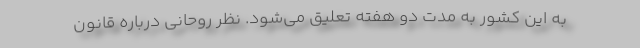
به این کشور به مدت دو هفته تعلیق می‌شود. نظر روحانی درباره قانون